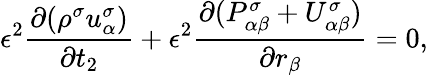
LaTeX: \epsilon^{2}\frac{\partial(\rho^{\sigma}u_{\alpha}^{\sigma})}{\partial t_{2}}+\epsilon^{2}\frac{\partial(P_{\alpha\beta}^{\sigma}+U_{\alpha\beta}^{\sigma})}{\partial r_{\beta}}=0,